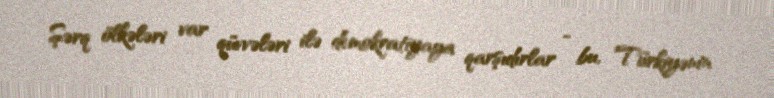
Şərq ölkələri var qüvvələri ilə demokratiyaya qarşıdırlar - bu, Türkiyənin